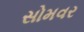
સોમવર